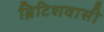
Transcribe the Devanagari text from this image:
ब्रिटिशवासी